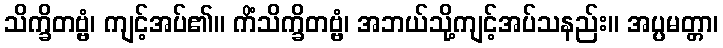
သိက္ခိတဗ္ဗံ၊ ကျင့်အပ်၏။ ကိံသိက္ခိတဗ္ဗံ၊ အဘယ်သို့ကျင့်အပ်သနည်း။ အပ္ပမတ္တာ၊